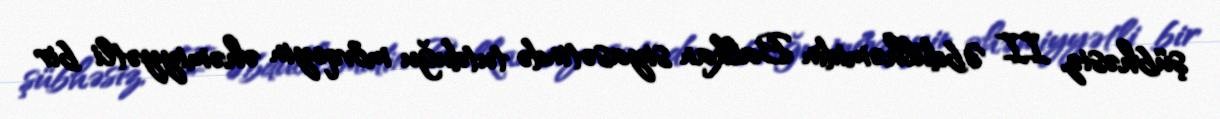
şübhəsiz, II Əbdülhəmidin Balkan siyasətində tutduğu mövqeyin əhəmiyyətli bir